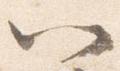
以